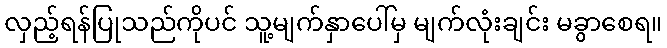
လှည့်ရန်ပြုသည်ကိုပင် သူ့မျက်နှာပေါ်မှ မျက်လုံးချင်း မခွာစေရ။